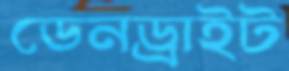
ডেনড্রাইট